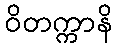
ဝိတက္ကာနိ